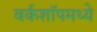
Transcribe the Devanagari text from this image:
वर्कशॉपमध्ये